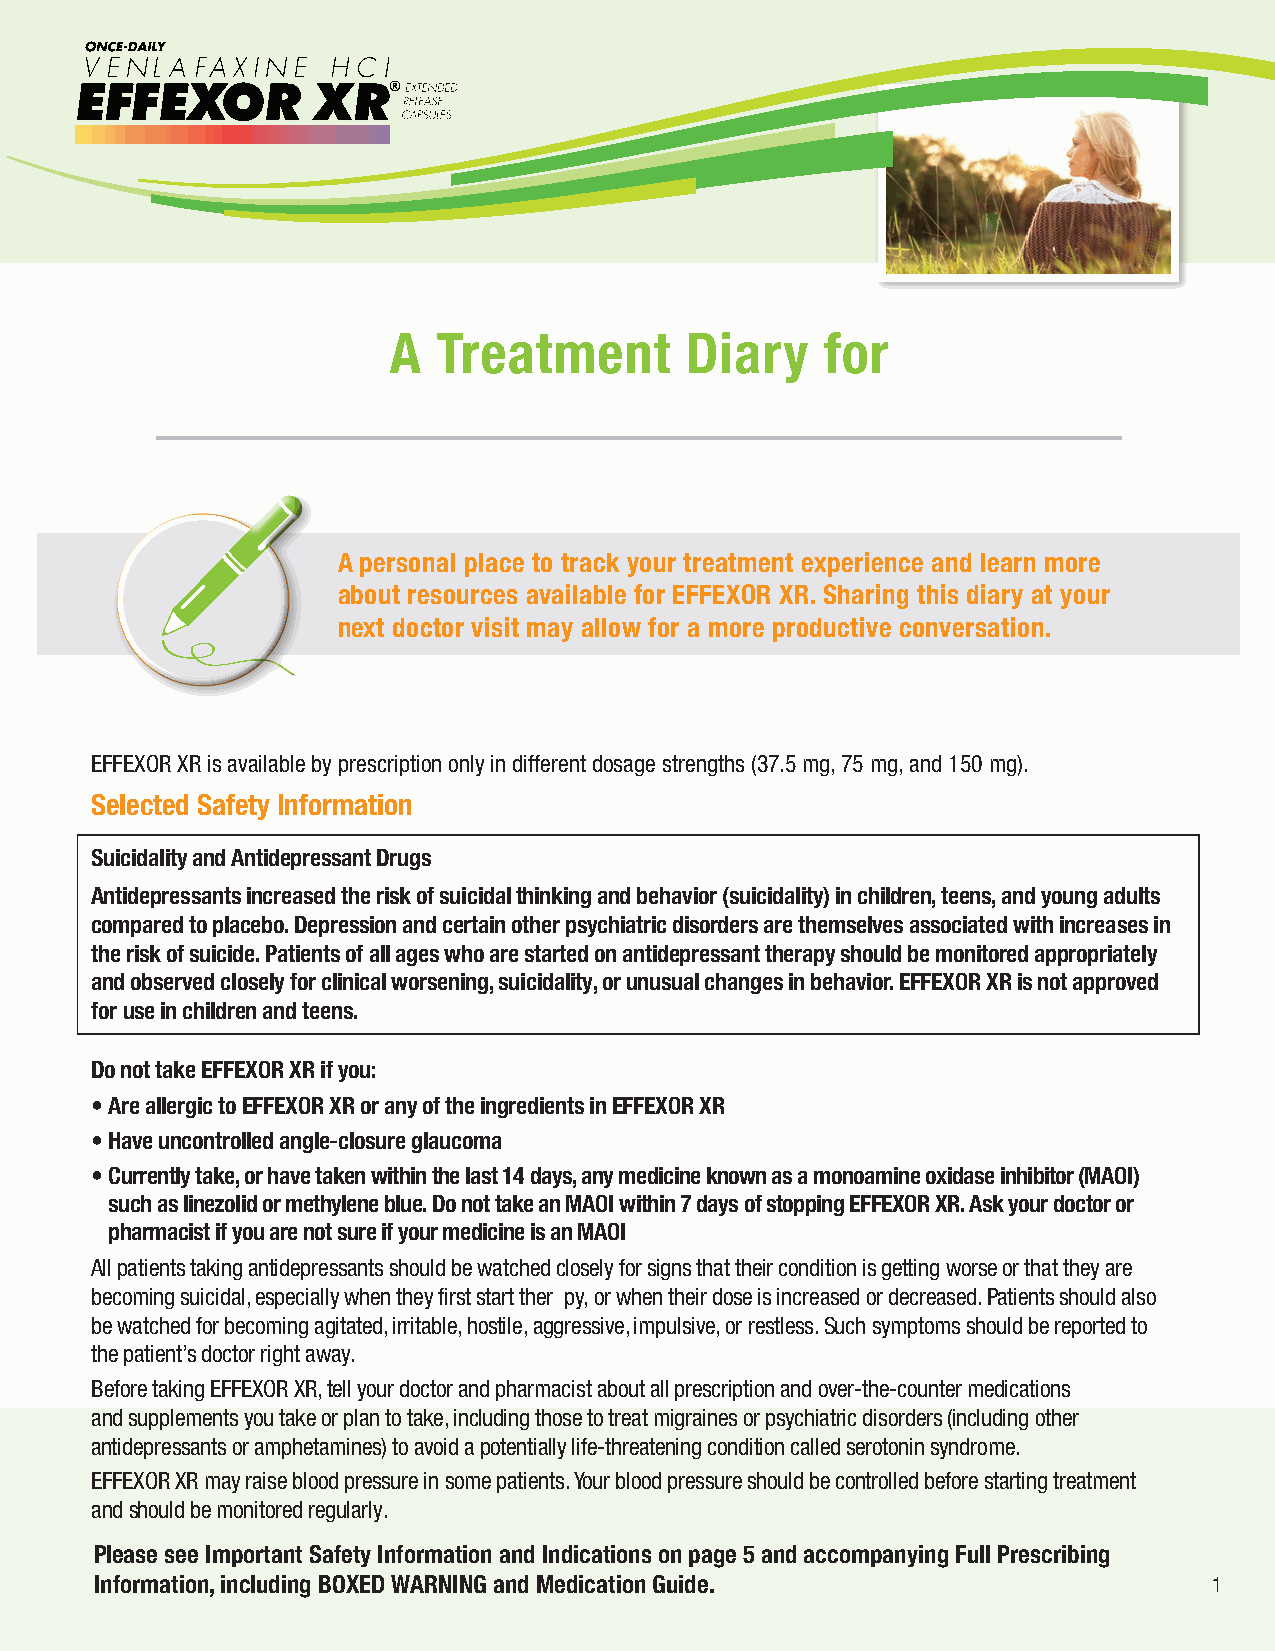
A  Treatment       Diary     for
 ___________________________
 A personal place to track your treatment experience and learn more
 about resources available for EFFEXOR XR. Sharing this diary at your
 next doctor visit may allow for a more productive conversation.
 EFFEXOR XR is available by prescription only in different dosage strengths (37.5 mg, 75 mg, and 150 mg).
 Selected Safety Information
 Suicidality and Antidepressant Drugs
 Antidepressants increased the risk of suicidal thinking and behavior (suicidality) in children, teens, and young adults
 compared to placebo. Depression and certain other psychiatric disorders are themselves associated with increases in
 the risk of suicide. Patients of all ages who are started on antidepressant therapy should be monitored appropriately
 and observed closely for clinical worsening, suicidality, or unusual changes in behavior. EFFEXOR XR is not approved
 for use in children and teens.
 Do not take EFFEXOR XR if you:
 •Are allergic to EFFEXOR XR or any of the ingredients in EFFEXOR XR
 •Have uncontrolled angle-closure glaucoma
 • Currently take ,or have taken within the last 14 days, any medicine known as a monoamine oxidase inhibitor (MAOI)
 such as linezolid or methylene blue. Do not take an MAOI within 7 days of stopping EFFEXOR XR. Ask your doctor or
 pharmacist if you are not sure if your medicine is an MAOI
 All patients taking antidepressants should be watched closely for signs that their condition is getting worse or that they are
 becoming suicidal, especially when they first start ther py, or when their dose is increased or decreased. Patients should also
 be watched for becoming agitated, irritable, hostile, aggressive, impulsive, or restless. Such symptoms should be reported to
 the patient’s doctor right away.
 Before taking EFFEXOR XR, tell your doctor and pharmacist about all prescription and over-the-counter medications
 and supplements you take or plan to take, including those to treat migraines or psychiatric disorders (including other
 antidepressants or amphetamines) to avoid a potentially life-threatening condition called serotonin syndrome.
 EFFEXOR XR may raise blood pressure in some patients. Your blood pressure should be controlled before starting treatment
 and should be monitored regularly.
 Please see Important Safety Information and Indications on page 5 and accompanying Full Prescribing
 Information, including BOXED WARNING and Medication Guide.                1